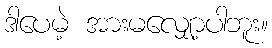
ဒါပေမဲ့ အားမလျှော့ပါဘူး။